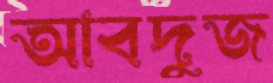
আবদুজ